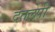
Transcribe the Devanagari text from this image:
दंतलेपी